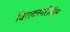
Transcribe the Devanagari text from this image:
विराटनगरीतील